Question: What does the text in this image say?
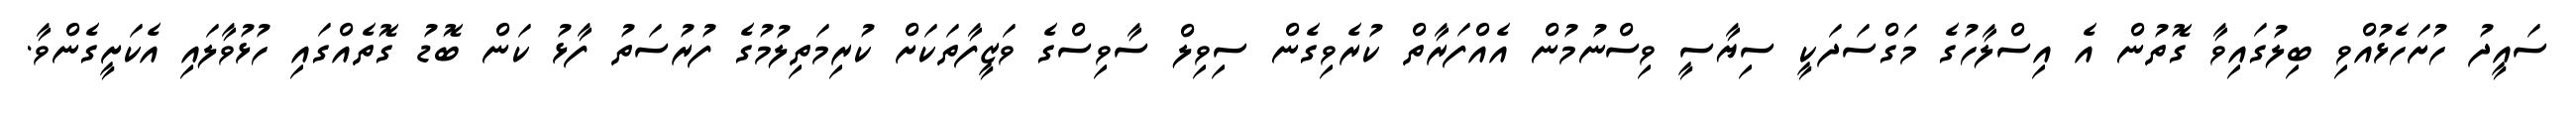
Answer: ސައީދު ހުށަހެޅުއްވި ބިލުގައިވާ ގޮތުން އެ އިސްލާހުގެ މަގްސަދަކީ ސިޔާސީ ވިސްނުމުން އެއްފަރާތް ކުރެވިގެން ސިވިލް ސާވިސްގެ ވަޒީފާތަކަށް ކުރިމަތިލުމުގެ ފުރުސަތު ފާޅު ކަން ބޮޑު ގޮތެއްގައި ހުޅުވާލައި އެކަށީގެންވާ.